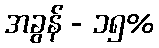
အခွန် - ၁၅%